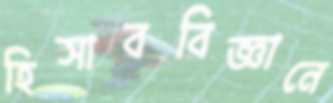
হিসাববিজ্ঞানে